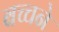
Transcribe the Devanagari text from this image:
बच्चने